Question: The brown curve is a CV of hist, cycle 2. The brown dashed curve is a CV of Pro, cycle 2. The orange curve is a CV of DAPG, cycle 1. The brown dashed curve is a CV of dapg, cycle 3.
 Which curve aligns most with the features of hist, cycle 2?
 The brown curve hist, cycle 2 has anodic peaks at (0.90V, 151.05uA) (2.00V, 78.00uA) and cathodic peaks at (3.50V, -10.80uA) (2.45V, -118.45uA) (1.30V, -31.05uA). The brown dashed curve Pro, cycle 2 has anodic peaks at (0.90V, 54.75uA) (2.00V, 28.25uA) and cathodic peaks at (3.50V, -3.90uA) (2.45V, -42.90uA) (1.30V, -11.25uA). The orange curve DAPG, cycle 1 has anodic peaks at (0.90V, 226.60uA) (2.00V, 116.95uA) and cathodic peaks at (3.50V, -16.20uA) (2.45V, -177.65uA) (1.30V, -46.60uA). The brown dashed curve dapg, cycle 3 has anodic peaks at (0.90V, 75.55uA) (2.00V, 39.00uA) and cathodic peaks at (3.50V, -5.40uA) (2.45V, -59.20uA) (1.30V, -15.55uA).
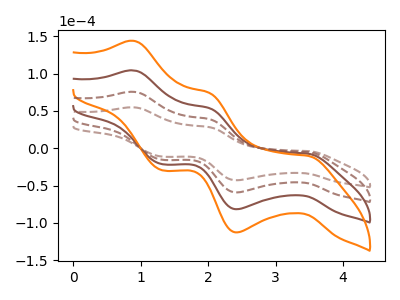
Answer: <think>All the peaks in "hist, cycle 2" have a peak in "Pro, cycle 2" at the same potential. Every peak in "hist, cycle 2" is higher than every peak in "Pro, cycle 2". All the peaks in "hist, cycle 2" have a peak in "DAPG, cycle 1" at the same potential. Every peak in "hist, cycle 2" is lower than every peak in "DAPG, cycle 1". All the peaks in "hist, cycle 2" have a peak in "dapg, cycle 3" at the same potential. Every peak in "hist, cycle 2" is higher than every peak in "dapg, cycle 3". All the peaks in "Pro, cycle 2" have a peak in "DAPG, cycle 1" at the same potential. Every peak in "Pro, cycle 2" is lower than every peak in "DAPG, cycle 1". All the peaks in "Pro, cycle 2" have a peak in "dapg, cycle 3" at the same potential. Every peak in "Pro, cycle 2" is lower than every peak in "dapg, cycle 3". All the peaks in "DAPG, cycle 1" have a peak in "dapg, cycle 3" at the same potential. Every peak in "DAPG, cycle 1" is higher than every peak in "dapg, cycle 3".
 </think>
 <answer>"hist, cycle 2", "DAPG, cycle 1" and "dapg, cycle 3" have a similar shape to "Pro, cycle 2".</answer>
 <eval>"hist, cycle 2" "DAPG, cycle 1" "dapg, cycle 3"</eval>